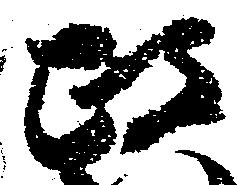
政